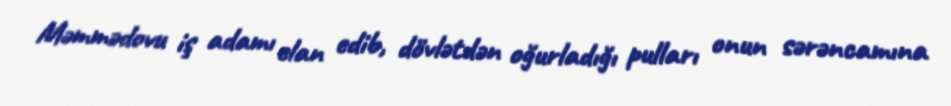
Məmmədovu iş adamı elan edib, dövlətdən oğurladığı pulları onun sərəncamına